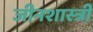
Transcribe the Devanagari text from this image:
जीनशास्त्री